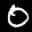
Label: 0